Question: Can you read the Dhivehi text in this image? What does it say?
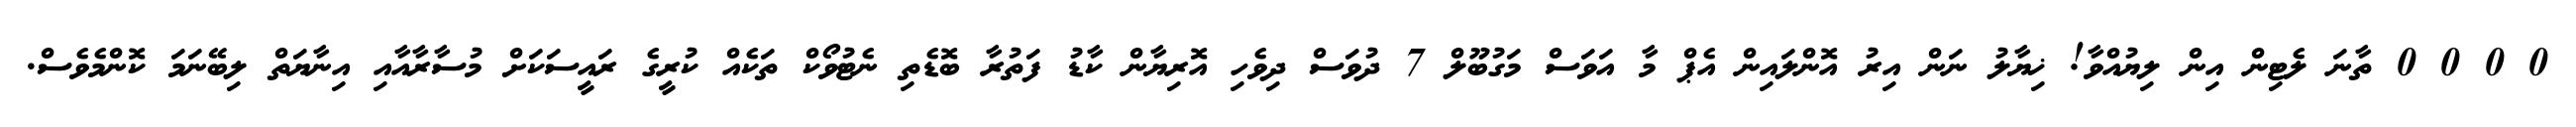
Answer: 0 0 0 0 ތާނަ ލެޓިން އިން ލިޔުއްވާ! ޚިޔާލު ނަން އިރު އޮންލައިން އެޕް މާ އަވަސް މަގުބޫލް 7 ދުވަސް ދިވެހި އޮރިޔާން ކާޑު ފަތުރާ ބޮޑެތި ނެޓުވޯކް ތަކެއް ކުރީގެ ރައީސަކަށް މުސާރާއާއި އިނާޔަތް ލިބޭނަމަ ކޮންމެވެސް.